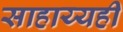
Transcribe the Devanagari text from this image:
साहाय्यही